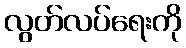
လွတ်လပ်ရေးကို